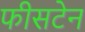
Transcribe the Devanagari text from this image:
फीसटेन